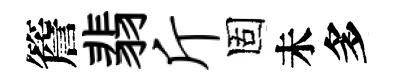
簷翡斤固未多